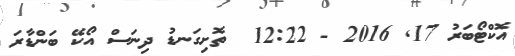
އޮކްޓޯބަރު 17